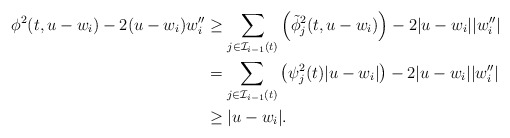
\begin{align*}\phi^2(t, u -w_i) - 2(u -w_i)w_i'' & \geq \sum_{j \in \mathcal{I}_{i-1} (t)}\left(\tilde{\phi}_j^2 (t, u-w_i)\right) - 2|u-w_i ||w_i''| \\& = \sum_{j \in \mathcal{I}_{i-1} (t)}\left(\psi_j^2 (t)|u-w_i|\right) - 2|u-w_i||w_i''| \\& \geq |u -w_i|.\end{align*}